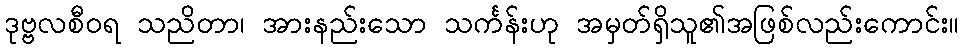
ဒုဗ္ဗလစီဝရ သညိတာ၊ အားနည်းသော သင်္ကန်းဟု အမှတ်ရှိသူ၏အဖြစ်လည်းကောင်း။